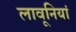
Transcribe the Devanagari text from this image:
लावूनियां